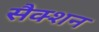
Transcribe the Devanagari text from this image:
सैक्शन